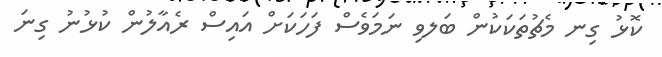
ކޮޅު ގިނ މެޗުތަކަކުން ބަލވި ނަމަވެސް ފަހަކަށް އައިސް ރެއާލުން ކުޅުނު ގިނަ